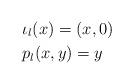
LaTeX: \begin{align*} &\iota_l(x)=(x,0)\\ &p_l(x,y)=y \end{align*}